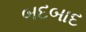
બદબાદ